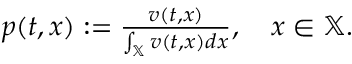
\begin{array} { r } { p ( t , x ) : = \frac { v ( t , x ) } { \int _ { \mathbb { X } } v ( t , x ) d x } , \quad x \in \mathbb { X } . } \end{array}